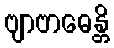
ဗျာဗာဓေန္တိ